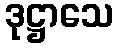
ဒုဋ္ဌာသေ